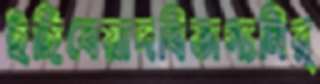
ইঙ্গিবেয়াদবিভাগ্যনির্